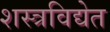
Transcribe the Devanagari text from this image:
शस्त्रविद्येत